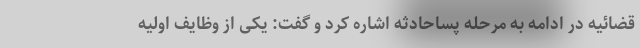
قضائیه در ادامه به مرحله پساحادثه اشاره کرد و گفت: یکی از وظایف اولیه